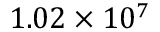
1 . 0 2 \times 1 0 ^ { 7 }